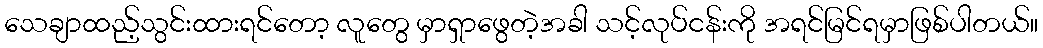
သေချာထည့်သွင်းထားရင်တော့ လူတွေ မှာရှာဖွေတဲ့အခါ သင့်လုပ်ငန်းကို အရင်မြင်ရမှာဖြစ်ပါတယ်။